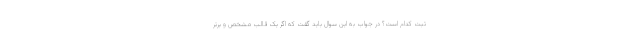
ثبت کدام است؟ در جواب به این سوال باید گفت که اگر یک قالب مشخص و برتر